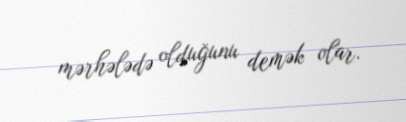
mərhələdə olduğunu demək olar.